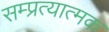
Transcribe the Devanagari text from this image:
सम्प्रत्यात्मक